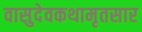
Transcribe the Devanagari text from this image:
वासुदेवकथामृतसार